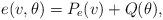
LaTeX: \begin{align*}e(v,\theta)=P_e(v) + Q(\theta),\end{align*}